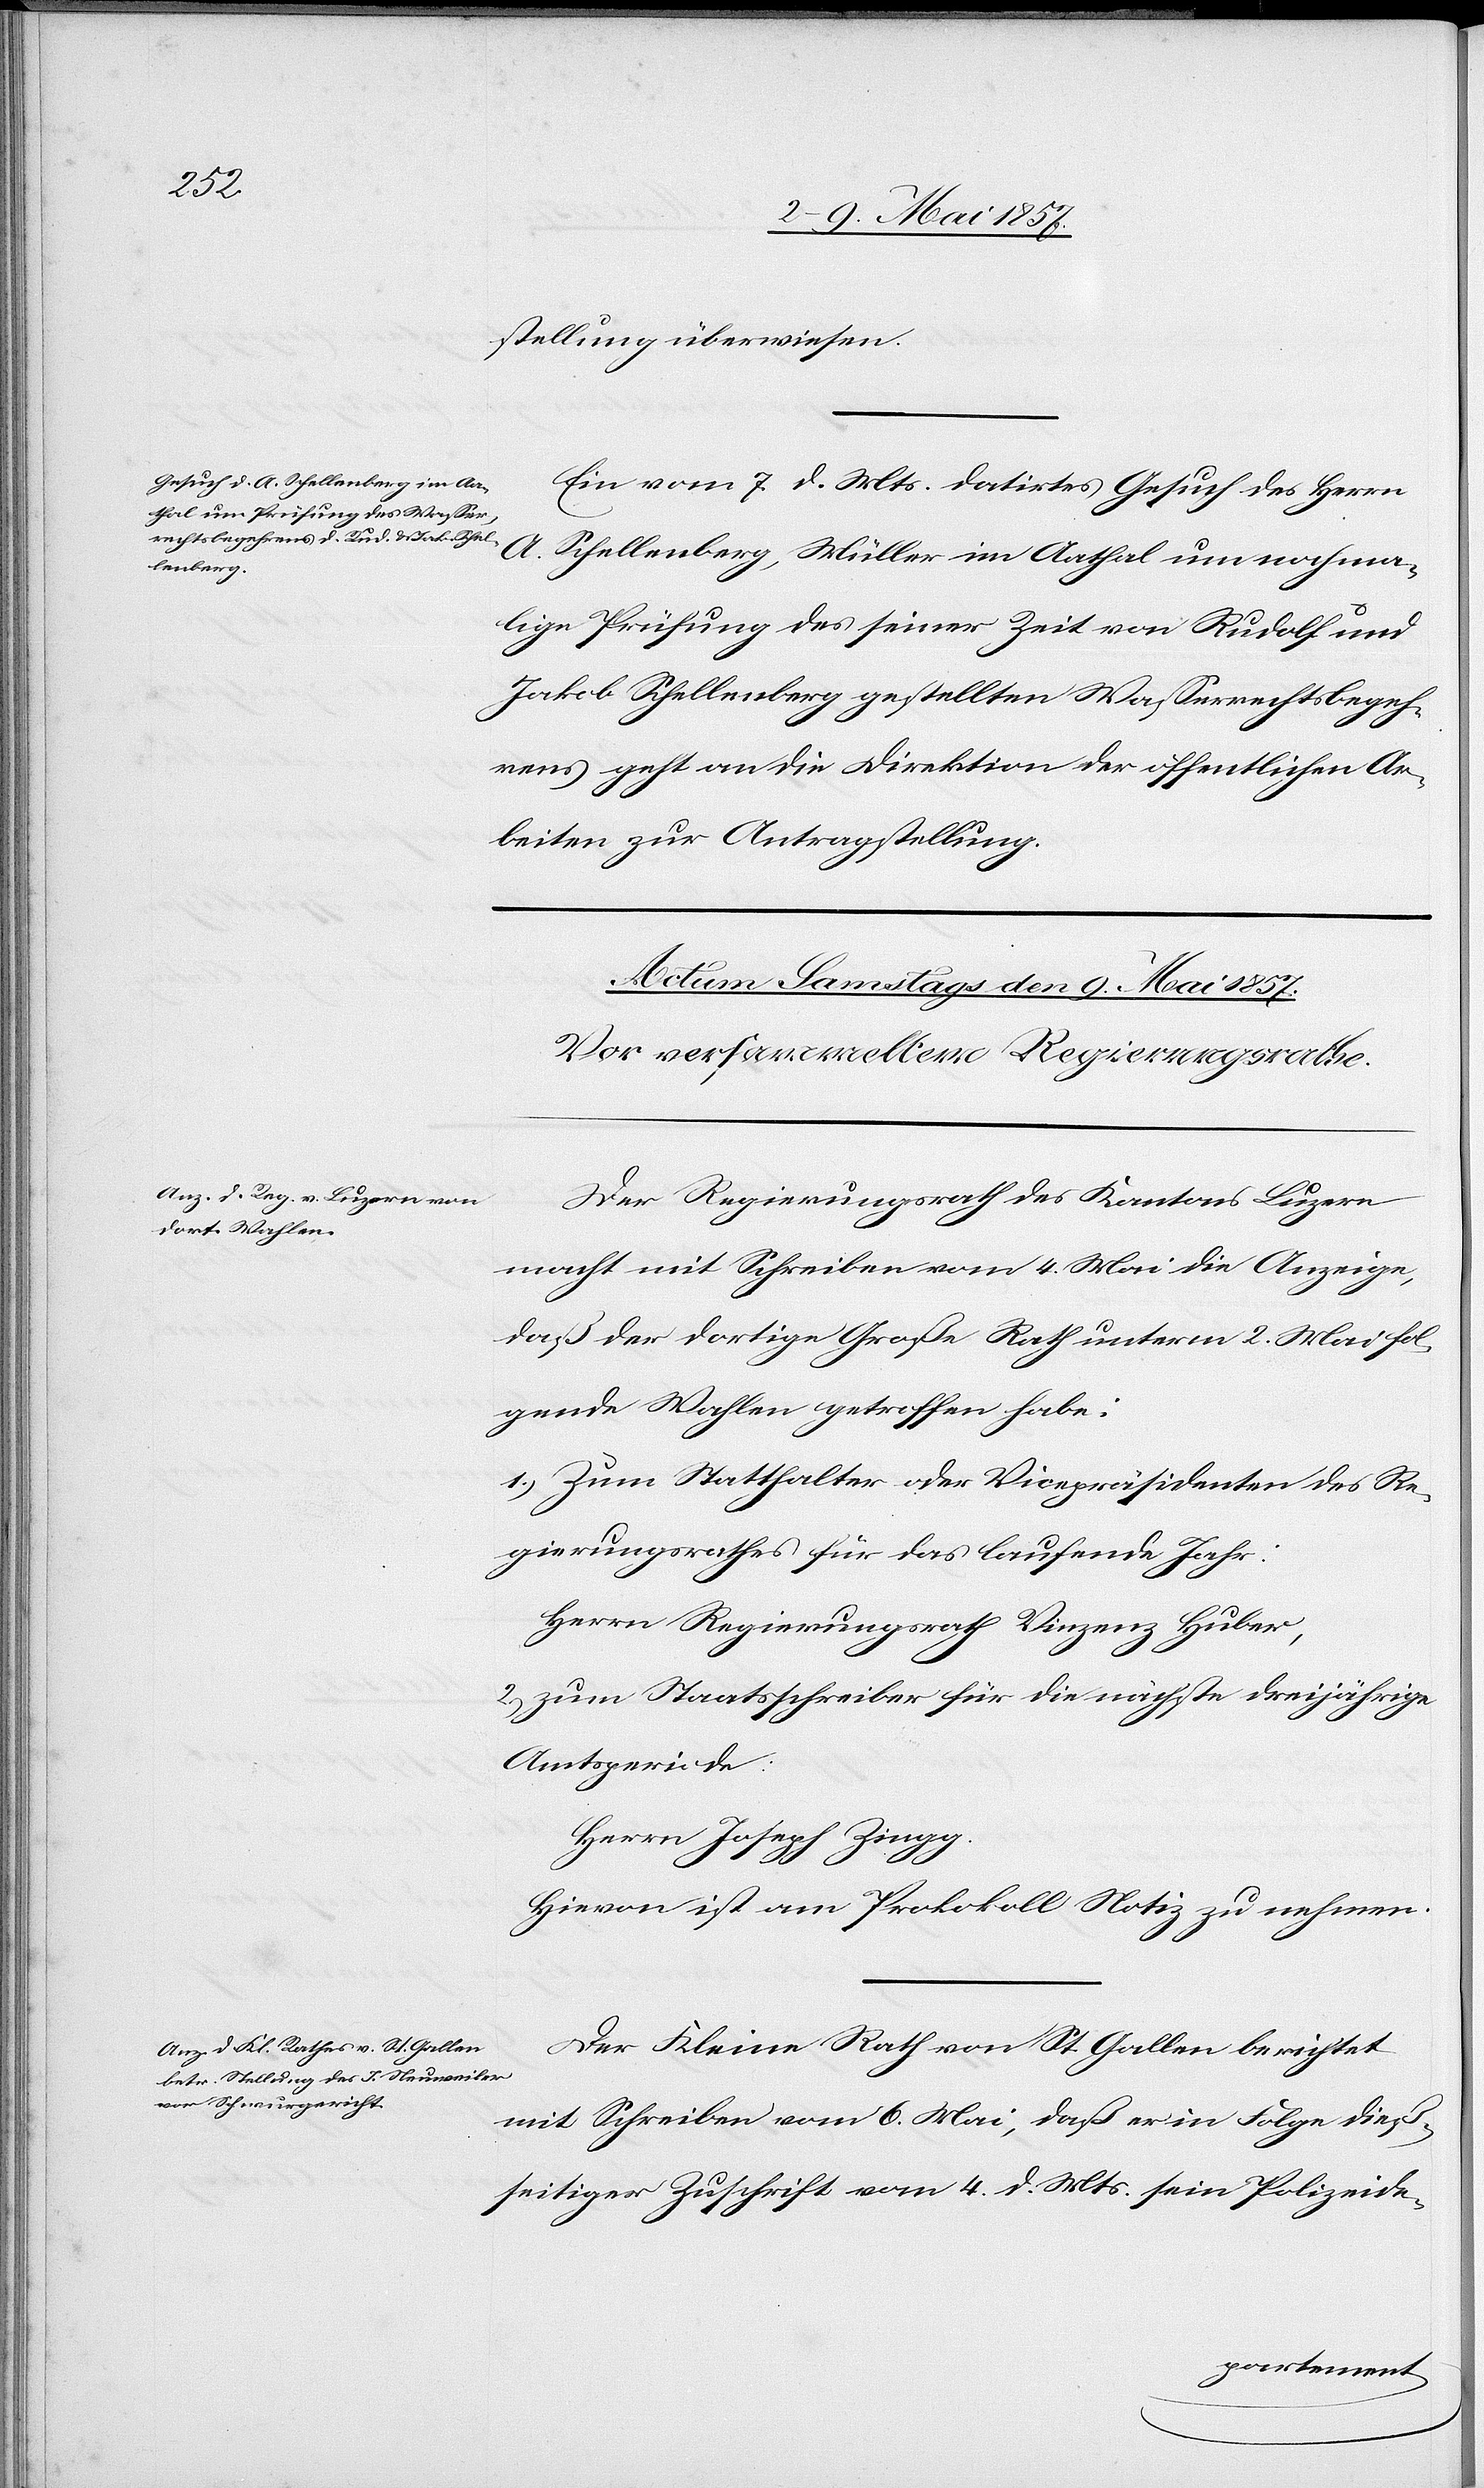
stellung überwiesen.
Ein vom 7 d. Mts. datirtes Gesuch des Herrn
[Präsidial-Verfügungen.
A. Schellenberg, Müller im Aathal um nochma¬
lige Prüfung des seiner Zeit von Rudolf und
Jakob Schellenberg gestellten Wasserrechtsbegeh¬
rens geht an die Direktion der öffentlichen Ar¬
beiten zur Antragstellung.
Actum den 8 Mai 1857.]
Der Regierungsrath des Kantons Luzern
macht mit Schreiben vom 4 Mai die Anzeige,
daß der dortige Große Rath unterm 2 Mai fol¬
gende Wahlen getroffen habe:
1.) Zum Statthalter oder Vicepräsidenten des Re¬
gierungsrathes für das laufende Jahr:
Herrn Regierungsrath Vinzenz Huber,
2.) zum Staatsschreiber für die nächste dreijährige
Amtsperiode:
Herrn Joseph Zingg.
Hievon ist am Protokoll Notiz zu nehmen.
Der Kleine Rath von St. Gallen berichtet
mit Schreiben vom 6 Mai, daß er in Folge dieß¬
seitiger Zuschrift vom 4 d. Mts. sein Polizeide-